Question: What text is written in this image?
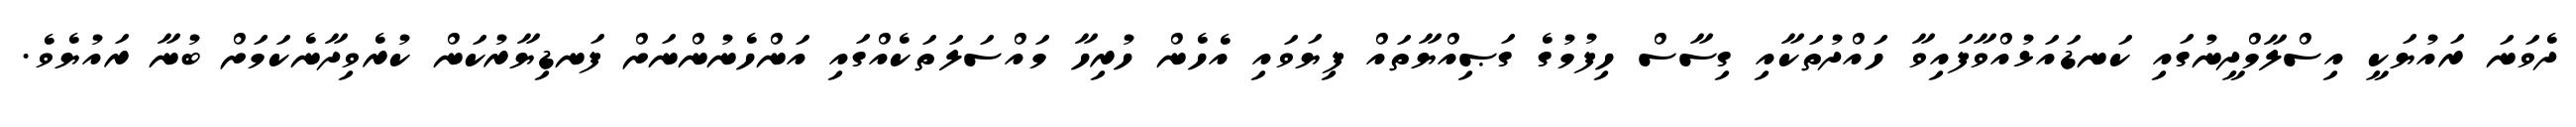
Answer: ދެވަނަ ރައުޔަކީ އިސްލާމްދީނުގައި ކަނޑައަޅުއްވާފައިވާ ހައްދުތަކާއި ގިސާސް ހިފުމުގެ ގަޞިއްޔާތައް ފިޔަވައި އެހެން ހުރިހާ މައްސަލަތަކެއްގައި އަންހެނުންނަށް ފަނޑިޔާރުކަން ކުރެވިދާނެކަމަށް ބުނާ ރައުޔެވެ.